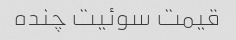
قیمت سوئیت چنده